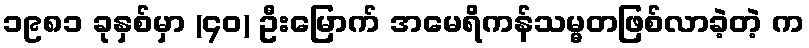
၁၉၈၁ ခုနှစ်မှာ (၄၀) ဦးမြောက် အမေရိကန်သမ္မတဖြစ်လာခဲ့တဲ့ က